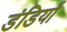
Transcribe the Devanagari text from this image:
डंडियाँ